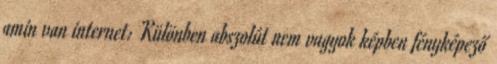
amin van internet: Különben abszolút nem vagyok képben fényképező